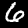
Digit: 6